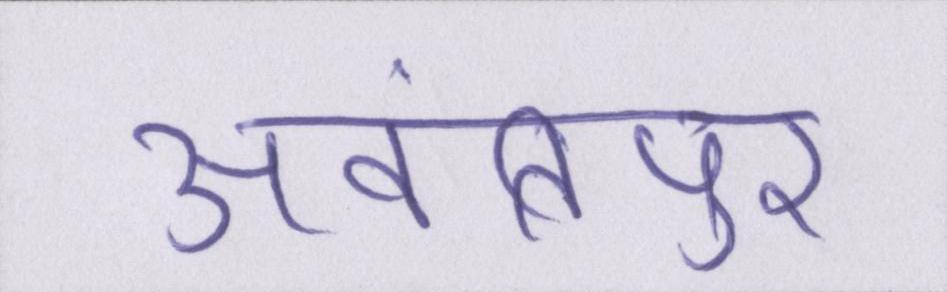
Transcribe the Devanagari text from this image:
अवंतिपुर